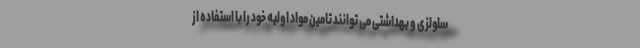
سلولزی و بهداشتی می توانند تامین مواد اولیه خود را با استفاده از